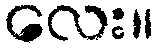
လေး။